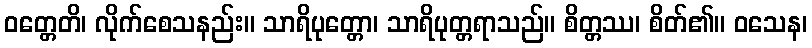
ဝတ္တေတိ၊ လိုက်စေသနည်း။ သာရိပုတ္တော၊ သာရိပုတ္တရာသည်။ စိတ္တဿ၊ စိတ်၏။ ဝသေန၊